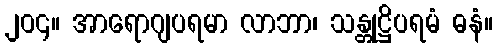
၂၀၄။ အာရောဂျပရမာ လာဘာ၊ သန္တုဋ္ဌိပရမံ ဓနံ။